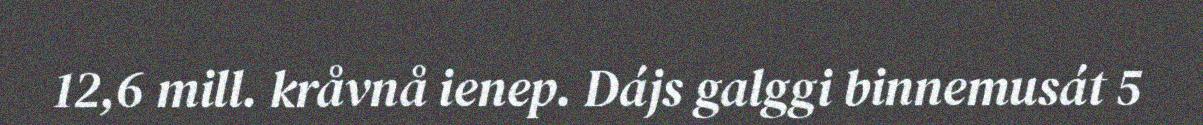
12,6 mill. kråvnå ienep. Dájs galggi binnemusát 5